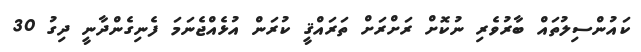
ކައުންސިލުތައް ބާރުވެރި ނުކޮށް ރަށްރަށް ތަރައްޤީ ކުރަން އުޅެއްޖެނަމަ ފެނިގެންދާނީ ދިގު 30